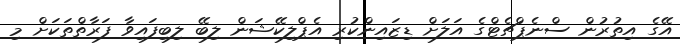
އޭގެ އިތުރުން ސްނެޕްޗެޓްގެ އަލަށް ޑިޒައިންކުރި އެޕްލިކޭޝަން ލިބޭ ލިބިފައިވާ ފަރާތްތަކަށް މި